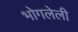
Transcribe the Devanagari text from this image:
भोगलेली